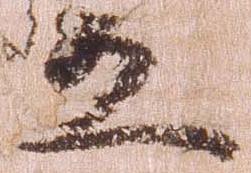
五